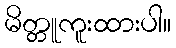
မိတ္တူကူးထားပါ။